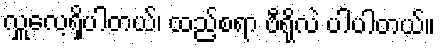
လှူလေ့ရှိပါတယ်၊ ထည့်စရာ ဗီရိုလဲ ပါပါတယ်။